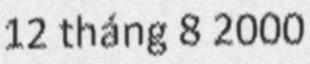
12 tháng 8 2000